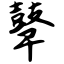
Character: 鼙